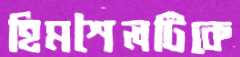
হিমশৈলটিকে